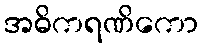
အဓိကရဏိကော